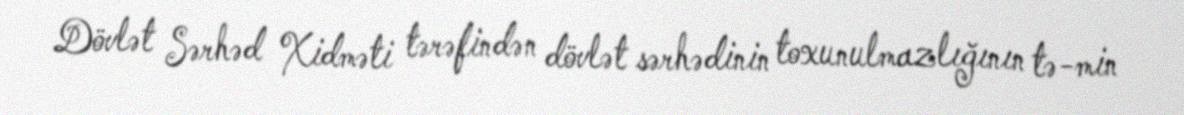
Dövlət Sərhəd Xidməti tərəfindən dövlət sərhədinin toxunulmazlığının tə­min